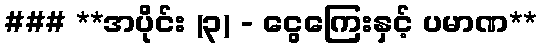
### **အပိုင်း (၃) - ငွေကြေးနှင့် ပမာဏ**